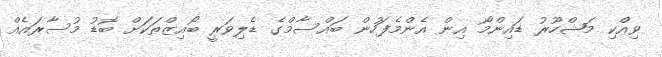
ވިއްކި މަޝްހޫރު ޑައިންމޯ އިން އެންމެފަހުން ބައްސާމްގެ ޑެލިވަރީ ބޯއިޒްތަކަށް ބޮޑު މުސާރައެއް